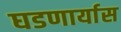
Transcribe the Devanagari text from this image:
घडणार्यास